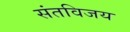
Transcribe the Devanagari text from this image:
संतविजय